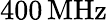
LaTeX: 400\, \mathrm{MHz}